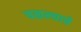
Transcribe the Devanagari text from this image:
वळल्याचे